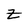
Character: Z